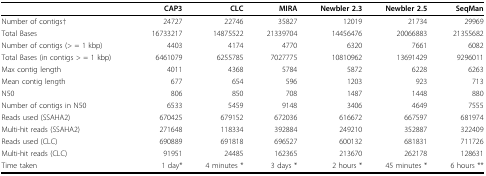
<table><thead><tr><td></td><td><b>CAP3</b></td><td><b>CLC</b></td><td><b>MIRA</b></td><td><b>Newbler 2.3</b></td><td><b>Newbler 2.5</b></td><td><b>SeqMan</b></td></tr></thead><tbody><tr><td>Number of contigs†</td><td>24727</td><td>22746</td><td>35827</td><td>12019</td><td>21734</td><td>29969</td></tr><tr><td>Total Bases</td><td>16733217</td><td>14875522</td><td>21339704</td><td>14456476</td><td>20066883</td><td>21355682</td></tr><tr><td>Number of contigs (&gt; = 1 kbp)</td><td>4403</td><td>4174</td><td>4770</td><td>6320</td><td>7661</td><td>6082</td></tr><tr><td>Total Bases (in contigs &gt; = 1 kbp)</td><td>6461079</td><td>6255785</td><td>7027775</td><td>10810962</td><td>13691429</td><td>9296011</td></tr><tr><td>Max contig length</td><td>4011</td><td>4368</td><td>5784</td><td>5872</td><td>6228</td><td>6263</td></tr><tr><td>Mean contig length</td><td>677</td><td>654</td><td>596</td><td>1203</td><td>923</td><td>713</td></tr><tr><td>N50</td><td>806</td><td>850</td><td>708</td><td>1487</td><td>1448</td><td>880</td></tr><tr><td>Number of contigs in N50</td><td>6533</td><td>5459</td><td>9148</td><td>3406</td><td>4649</td><td>7555</td></tr><tr><td>Reads used (SSAHA2)</td><td>670425</td><td>679152</td><td>672036</td><td>616672</td><td>667597</td><td>681974</td></tr><tr><td>Multi-hit reads (SSAHA2)</td><td>271648</td><td>118334</td><td>392884</td><td>249210</td><td>352887</td><td>322409</td></tr><tr><td>Reads used (CLC)</td><td>690889</td><td>691818</td><td>696527</td><td>600132</td><td>681831</td><td>711726</td></tr><tr><td>Multi-hit reads (CLC)</td><td>91951</td><td>24485</td><td>162365</td><td>213670</td><td>262178</td><td>128631</td></tr><tr><td>Time taken</td><td>1 day*</td><td>4 minutes *</td><td>3 days *</td><td>2 hours *</td><td>45 minutes *</td><td>6 hours **</td></tr></tbody></table>